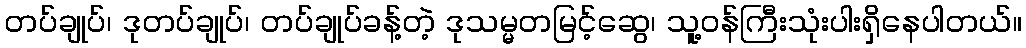
တပ်ချုပ်၊ ဒုတပ်ချုပ်၊ တပ်ချုပ်ခန့်တဲ့ ဒုသမ္မတမြင့်ဆွေ၊ သူ့ဝန်ကြီးသုံးပါးရှိနေပါတယ်။